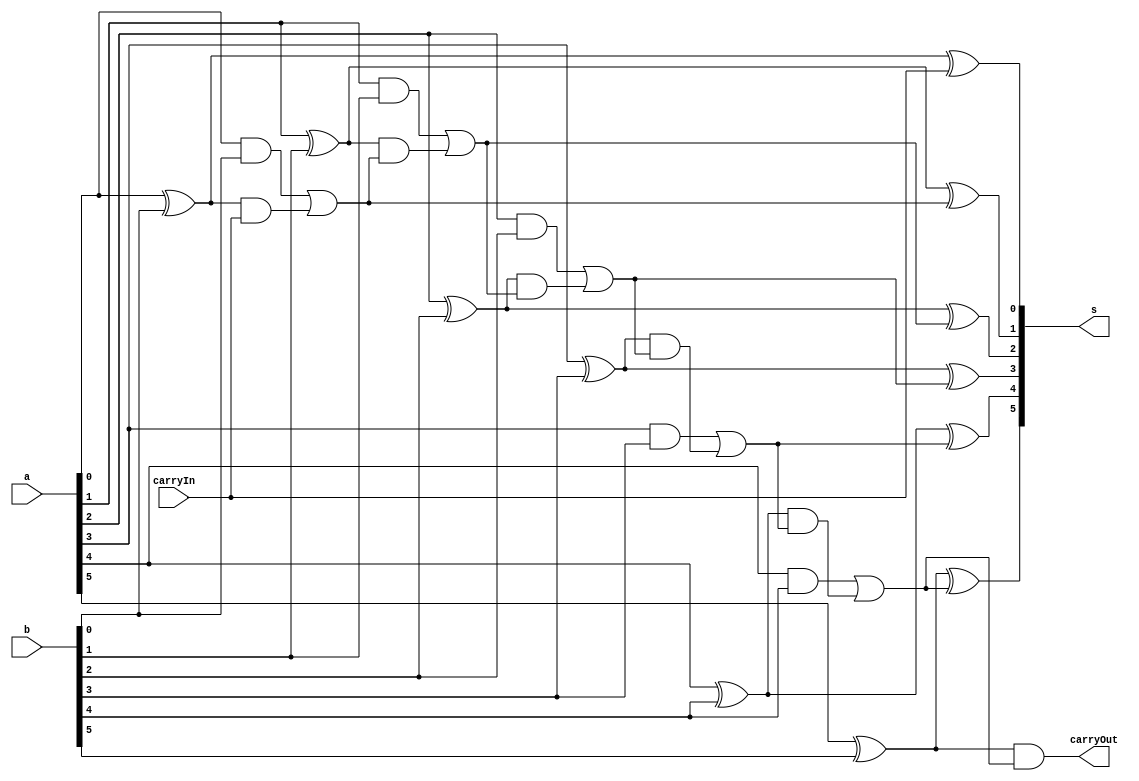
// -------------------------
// Exercicio0041  FULL ADDER (Somador)
// Nome: Pedro Henrique Alves M. de Carvalho
// -------------------------

// -------------------------
//  full adder
// -------------------------
module fullAdder (output [5:0] s,
						output carryOut,
						input [5:0] a,
						input [5:0] b,
						input carryIn); 

// descrever por portas
 assign s [0] = ((a[0] ^ b[0]) ^ carryIn);
 assign s [1] = ((a[1] ^ b[1]) ^ ((a[0] & b[0]) | ((a[0] ^ b[0]) & carryIn) )); // como o resultado da primeira soma(ou S2) seria o carryIn agora ele esta sendo feito aqui
 assign s [2] = ((a[2] ^ b[2]) ^ ((a[1] & b[1]) | ((a[1] ^ b[1]) & ((a[0] & b[0]) | ((a[0] ^ b[0]) & carryIn))) ));
 assign s [3] = ((a[3] ^ b[3]) ^ ((a[2] & b[2]) | ((a[2] ^ b[2]) & ((a[1] & b[1]) | ((a[1] ^ b[1]) & ((a[0] & b[0]) | ((a[0] ^ b[0]) & carryIn))))) ));
 assign s [4] = ((a[4] ^ b[4]) ^ ((a[3] & b[3]) | ((a[3] ^ b[3]) & ((a[2] & b[2]) | ((a[2] ^ b[2]) & ((a[1] & b[1]) | ((a[1] ^ b[1]) & ((a[0] & b[0]) | ((a[0] ^ b[0]) & carryIn))))))) ));
 assign s [5] = ((a[5] ^ b[5]) ^ ((a[4] & b[4]) | ((a[4] ^ b[4]) & ((a[3] & b[3]) | ((a[3] ^ b[3]) & ((a[2] & b[2]) | ((a[2] ^ b[2]) & ((a[1] & b[1]) | ((a[1] ^ b[1]) & ((a[0] & b[0]) | ((a[0] ^ b[0]) & carryIn))))))))) ));
 assign carryOut = (((a[5] ^ b[5]) & ((a[4] & b[4]) | ((a[4] ^ b[4]) & ((a[3] & b[3]) | ((a[3] ^ b[3]) & ((a[2] & b[2]) | ((a[2] ^ b[2]) & ((a[1] & b[1]) | ((a[1] ^ b[1]) & ((a[0] & b[0]) | ((a[0] ^ b[0]) & carryIn))))))))))));

endmodule // fullAdder

module test_fullAdder;
// ------------------------- definir dados
		reg [5:0] x;
		reg [5:0] y;
		reg  carryI;
		wire carryO;
		wire [5:0] soma;
		
 fullAdder modulo (soma, carryO, x, y, carryI);

// ------------------------- parte principal
 initial begin
		$display("Exercicio 0041 - Pedro Henrique A. M. de Carvalho - 427452");
		$display("Test AU Somador");
		
		x = 6'b000001;		y = 6'b010110;		carryI = 0;

 #1 $display("%b %b = (%b)%b", x, y, carryO, soma);
 #1 $display("%d + %d = (%b)%d", x, y, carryO, soma);

 end

endmodule // test_fullAdder